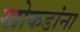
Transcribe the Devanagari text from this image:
खोकडांना